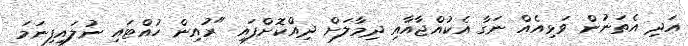
އަދި އެތަނުން ވަޅިއެއް ނަގާ އެކުއްޖާއާއި ދިމާލަށް ދިއްކޮށްފައި "ރުއިން ހުއްޓައި ނުލައިފިނަމަ